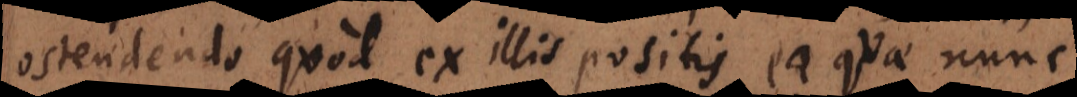
ostendendo quod ex illis positis ea quae nunc